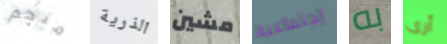
منجم الذرية مشين إجتماعية به أرى